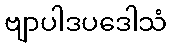
ဗျာပါဒပဒေါသံ